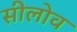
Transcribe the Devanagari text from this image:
सीलोव